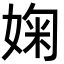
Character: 婅